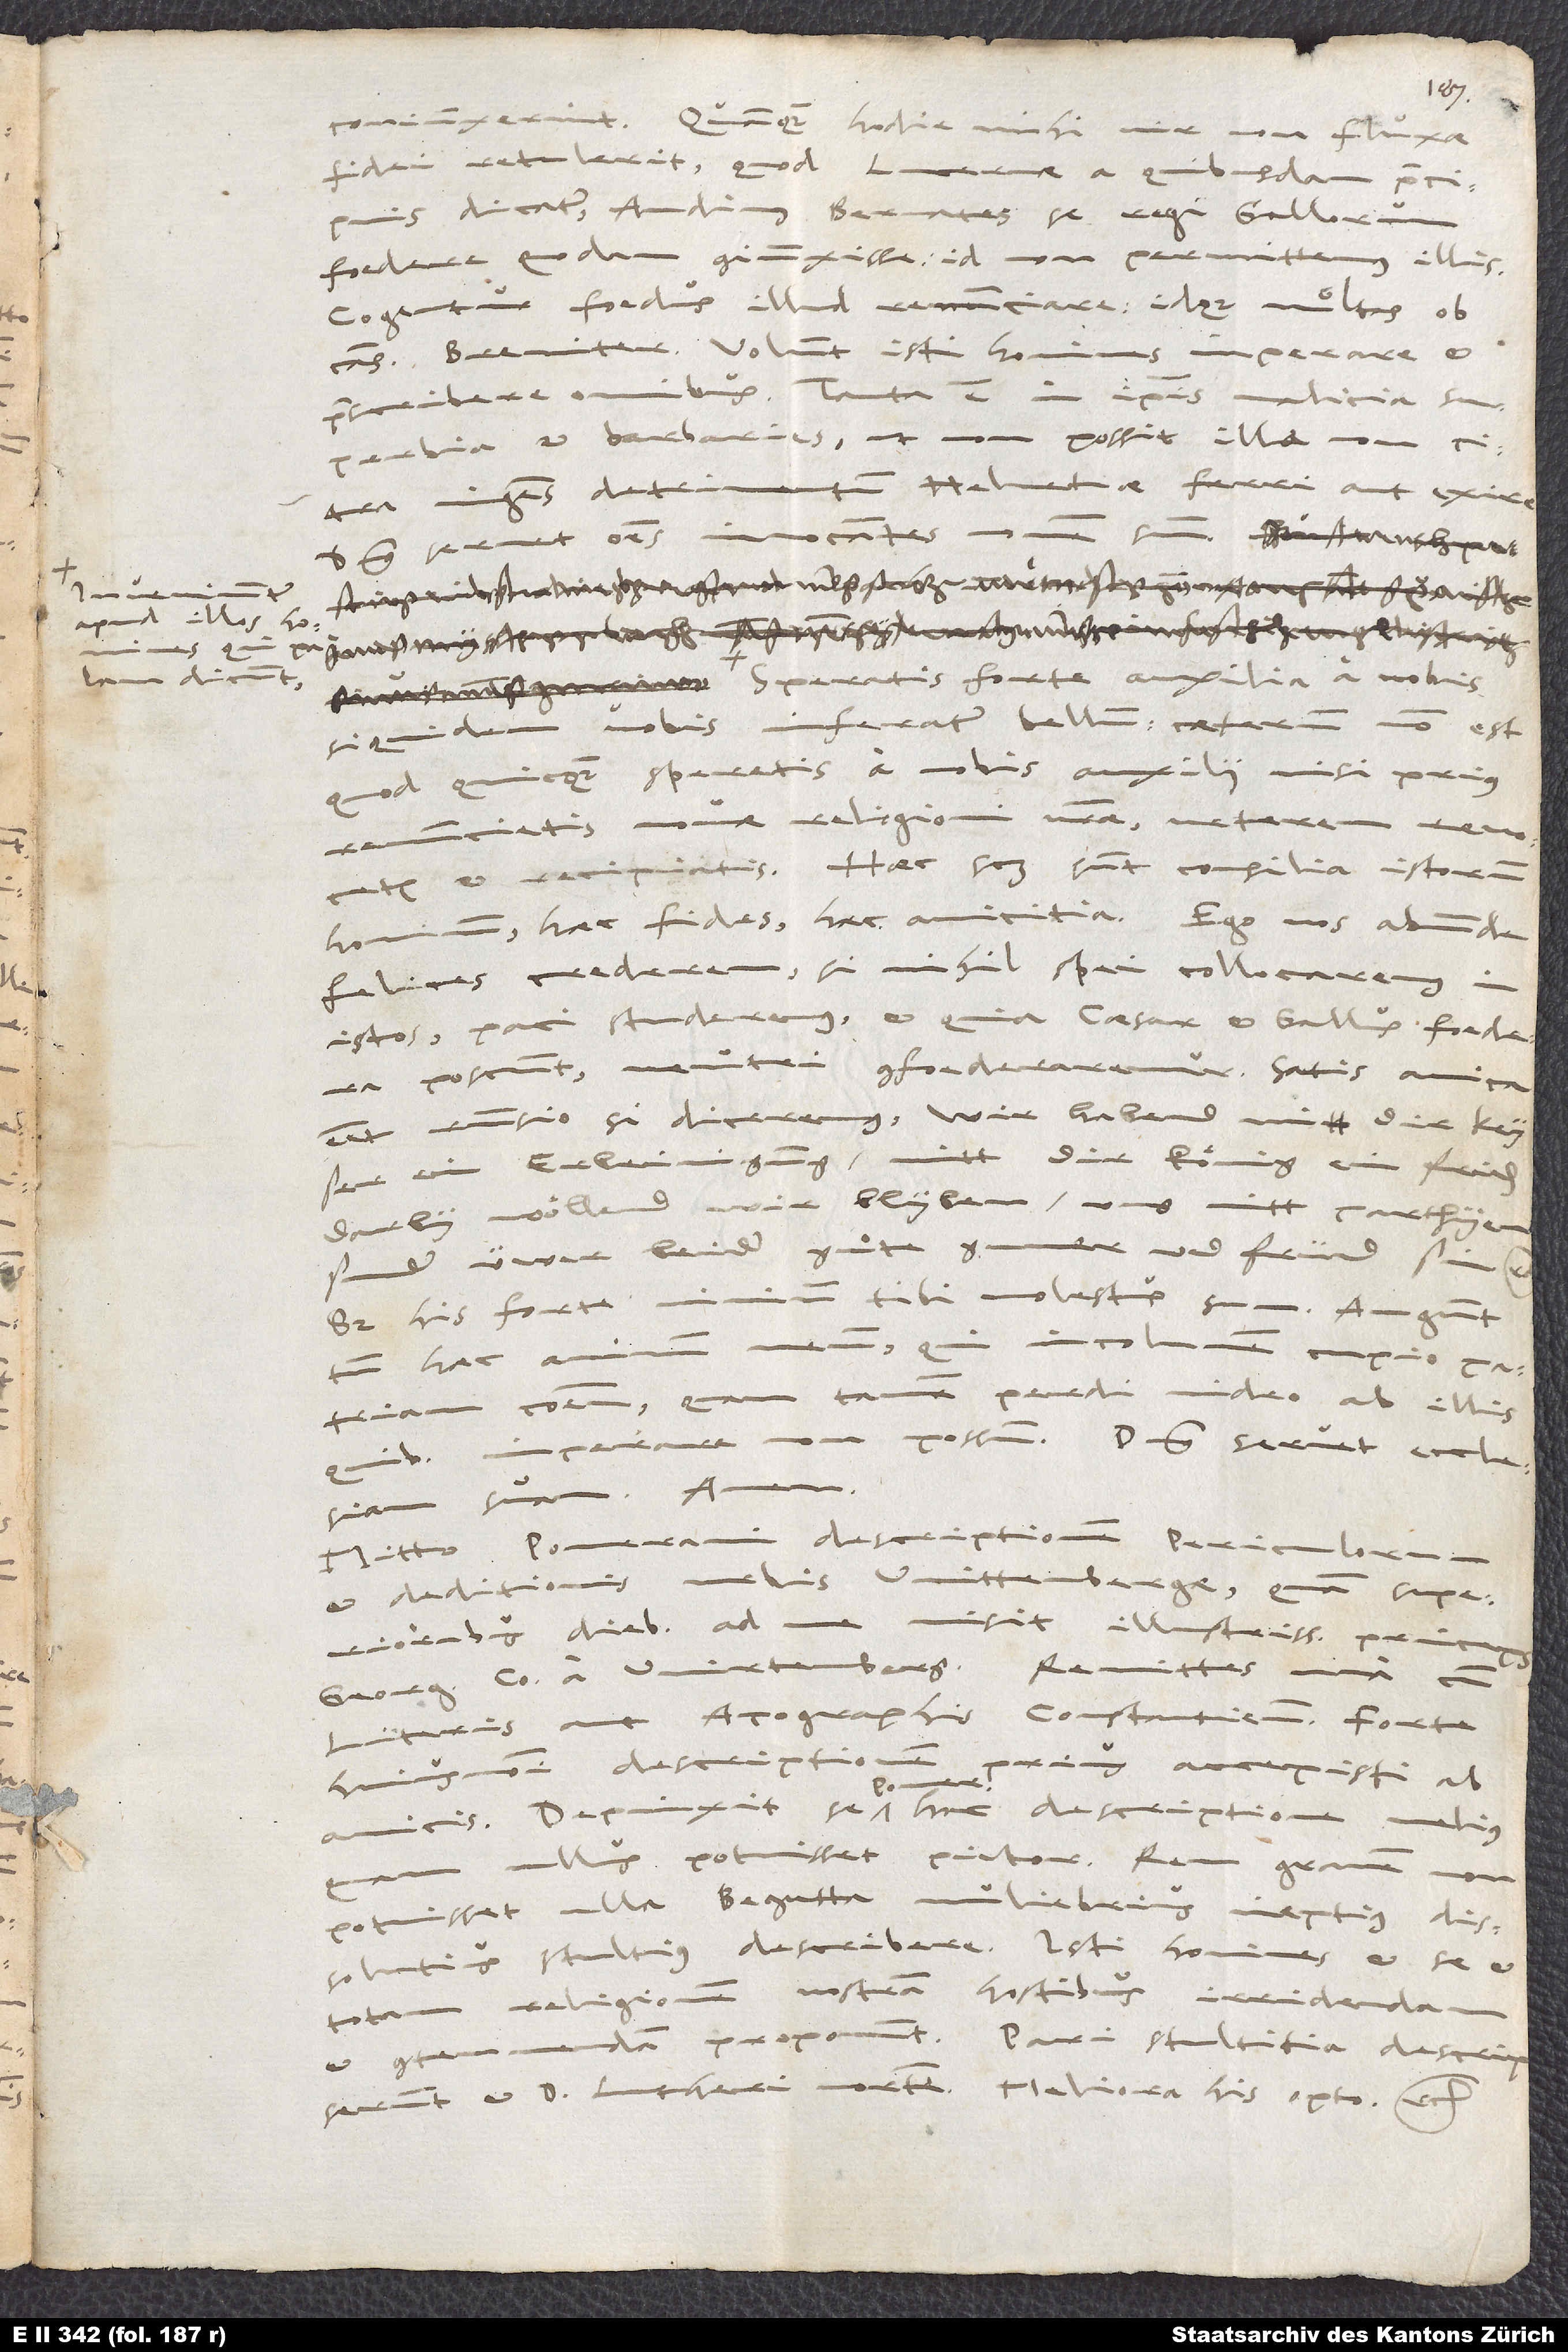
apud illos homines,

coniunxerint. Quamquam hodie mihi vir non fluxae
fidei retulerit, quod Lucernae a quibusdam praecipuis
dicatur: „Audimus Bernates se regi Gallorum
foedere quodam coniunxisse. Id non permittemus illis!
Cogentur foedus illud renunciare, idque multas ob
Breviter: Volunt isti homines imperare et
praescribere omnibus! Tanta est in ipsis malicia,
superbia et barbaries, ut non possit illa non citra
ingens detrimentum Helvetiae ferri aut exire.
Dominus servet omnes invocantes nomen suum!
„Speratis forte auxilia a nobis,
siquidem vobis inferatur bellum; caeterum non est,
quod quicquam speretis a nobis auxilii, nisi prius
renuncietis novae religioni vestrae, veterem revocatis
et recipiatis.“ Haec scilicet sunt consilia istorum
felices crederem, si nihil spei collocaremus in
istos, paci studeremus et, quia caesar et Gallus foedera
poscunt, neutri confoederaremur. Satis amica
esset responsio, si diceremus: „Wir habend mitt dir, keyser,
ein erbeinigung, mitt dir, könig, ein friden.
Darby wöllend wir blyben, uns nitt parthyen,
sunder üwer beider guͦte guner und fründ sin, etc.“
Sed his forte nimium tibi molestus sum. Angunt
incolumem cupio patriam
haec animum meum, qui
communem, quam tamen perdi video ab illis,
quibus imperare non possum. Dominus servet ecclesiam
Mitto Pomerani descriptionem periculorum
et deditionis urbis Wittenbergae, quam superioribus
diebus ad me misit illustrissimus princeps
Georgius, comes a Wirtemberg. Remittes una cum
literis aut apographis Constantiensium. Forte
huiusmodi descriptionem prius accepisti ab
amicis. Depinxit se Pomeranus hac descriptione melius,
ullus potuisset pictor. Rem gravem non
potuisset ulla begutta muliebrius, ineptius, dissolutius,
stultius describere! Isti homines et se et
totam religionem nostram hostibus irridendam
proponunt! Pari stultitia descripserunt
et d. Lutheri mortem. Meliorem his opto, etc.!